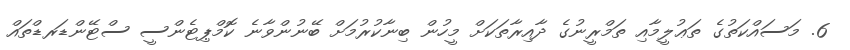
6. މަސައްކަތުގެ ތަޢުލީމާއި ތަމްރީނުގެ ދާއިރާތަކަށް މީހުން ބިނާކުރުމަށް ބޭނުންވާނެ ކޮމްޕިޓެންސީ ސްޓޭންޑަރޑްތައް